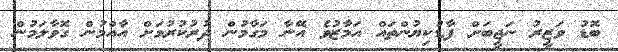
ބޮޑު ވަޒީރު ނަޖީބަށް ފާޑުކިޔުންތައް އަމާޒުވެ އޭނާ މަގާމުން ދުރުކުރުމަށް އާއްމުން ގޮވާލަމުން